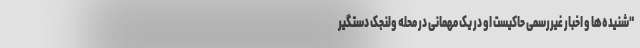
"شنیده‌ها و اخبار غیررسمی حاکیست او در یک مهمانی در محله ولنجک دستگیر